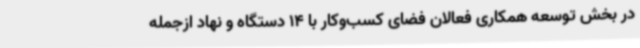
در بخش توسعه همکاری فعالان فضای کسب‌وکار با 14 دستگاه و نهاد ازجمله